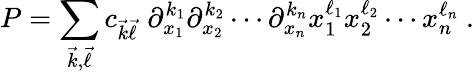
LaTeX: P=\sum_{{\vec{k}},{\vec{\ell}}}c_{{\vec{k}}{\vec{\ell}}}\, \, \partial_{x_{1}}^{k_{1}}\partial_{x_{2}}^{k_{2}}\cdots\partial_{x_{n}}^{k_{n}}x_{1}^{\ell_{1}}x_{2}^{\ell_{2}}\cdots x_{n}^{\ell_{n}}~.